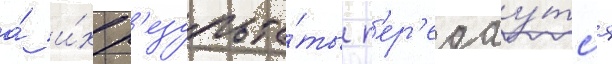
а́ и́х р'езульта́ты п'ер'едау́тс'я